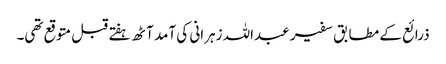
ذرائع کے مطابق سفیر عبداللہ زہرانی کی آمد آٹھ ہفتے قبل متوقع تھی۔